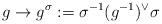
LaTeX: \begin{align*}g \rightarrow g^{\sigma}:=\sigma^{-1}(g^{-1})^{\vee} \sigma\end{align*}